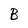
Character: B